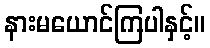
နားမယောင်ကြပါနှင့်။